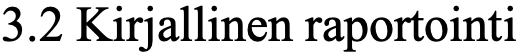
3.2 Kirjallinen raportointi